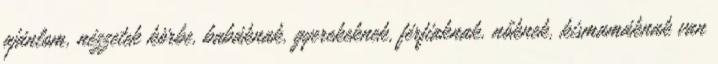
ajánlom, nézzetek körbe, babáknak, gyerekeknek, férfiaknak, nőknek, kismamáknak van